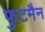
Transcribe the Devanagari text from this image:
फुटमैन